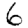
Digit: 6